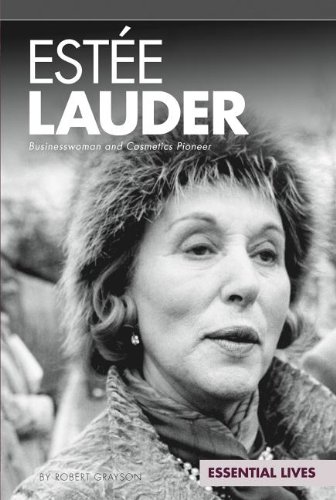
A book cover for EstÃ©e Lauder: Businesswoman and Cosmetics Pioneer (Essential Lives); Robert Grayson; Teen & Young Adult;